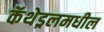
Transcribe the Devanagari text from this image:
कॅथेड्रलमधील